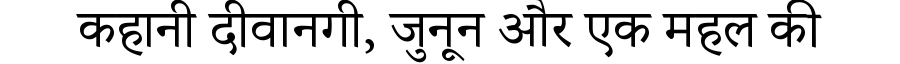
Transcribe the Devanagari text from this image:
कहानी दीवानगी, जुनून और एक महल की